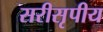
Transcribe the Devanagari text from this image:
सरीसृपीय